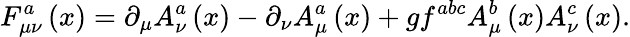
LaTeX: F_{\mu\nu}^{a}\left(x\right)=\partial_{\mu}A_{\nu}^{a}\left(x\right)-\partial_{\nu}A_{\mu}^{a}\left(x\right)+gf^{abc}A_{\mu}^{b}\left(x\right)A_{\nu}^{c}\left(x\right).